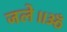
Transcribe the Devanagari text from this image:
जले॥ॐ